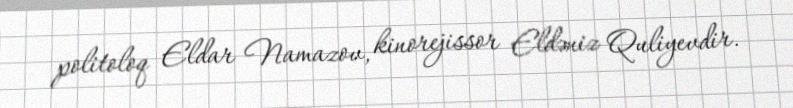
politoloq Eldar Namazov, kinorejissor Eldəniz Quliyevdir.